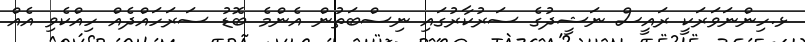
ޅ.ހިންނަވަރަކީ ރައީސް ނަޝީދުގެ ސަރުކާރުގައި ނިސްބަތުން އެންމެ ބޮޑު ސަރަހައްދެއް ހިއްކެވި އެއް